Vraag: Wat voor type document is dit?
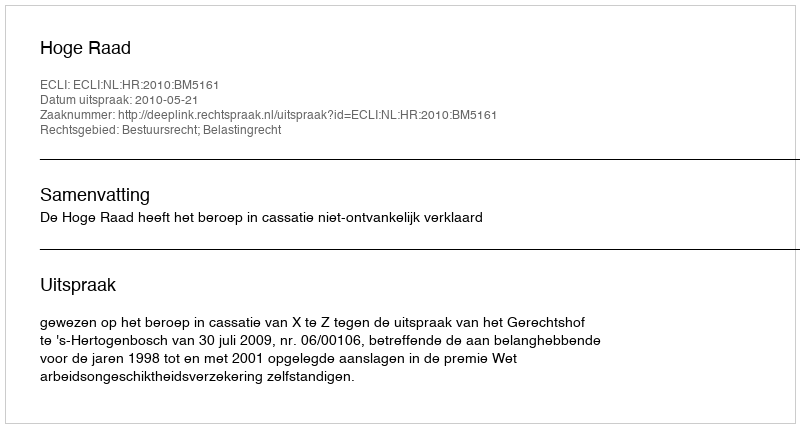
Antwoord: Uitspraak